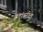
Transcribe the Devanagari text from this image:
वेदांवरील